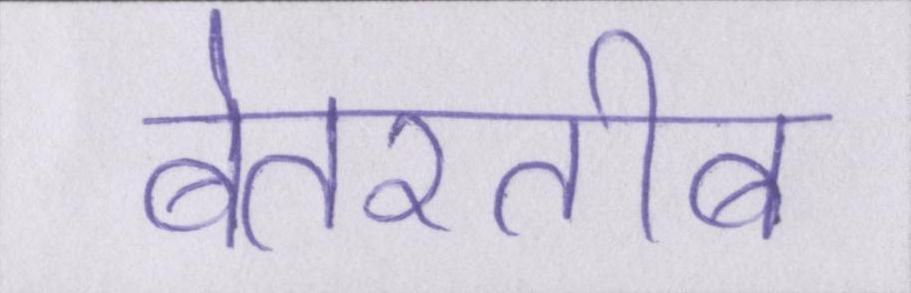
बेतरतीब